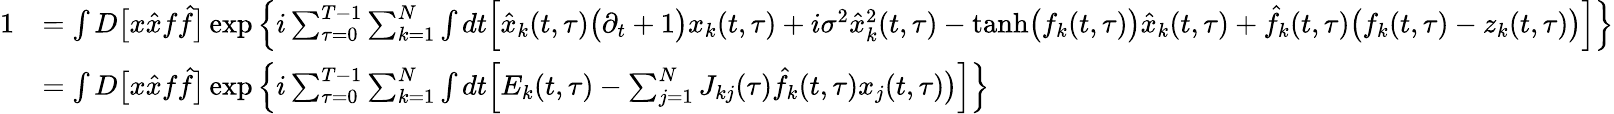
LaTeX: \begin{array}{rl}{1}&{=\int D\big[x\hat{x}f\hat{f}\big]\exp\left\{ i\sum_{\tau=0}^{T-1}\sum_{k=1}^{N}\int dt\Big[\hat{x}_{k}(t,\tau)\big(\partial_{t}+1\big)x_{k}(t,\tau)+i\sigma^{2}\hat{x}_{k}^{2}(t,\tau)-\mathrm{tanh}\big(f_{k}(t,\tau)\big)\hat{x}_{k}(t,\tau)+\hat{f}_{k}(t,\tau)\big(f_{k}(t,\tau)-z_{k}(t,\tau)\big)\Big]\right\} }\\ &{=\int D\big[x\hat{x}f\hat{f}\big]\exp\left\{ i\sum_{\tau=0}^{T-1}\sum_{k=1}^{N}\int dt\Big[E_{k}(t,\tau)-\sum_{j=1}^{N}J_{kj}(\tau)\hat{f}_{k}(t,\tau)x_{j}(t,\tau)\big)\Big]\right\} }\end{array}